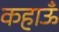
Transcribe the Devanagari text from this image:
कहाऊँ